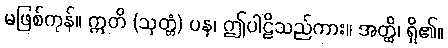
မဖြစ်ကုန်။ ဣတိ (သုတ္တံ) ပန၊ ဤပါဠိသည်ကား။ အတ္ထိ၊ ရှိ၏။